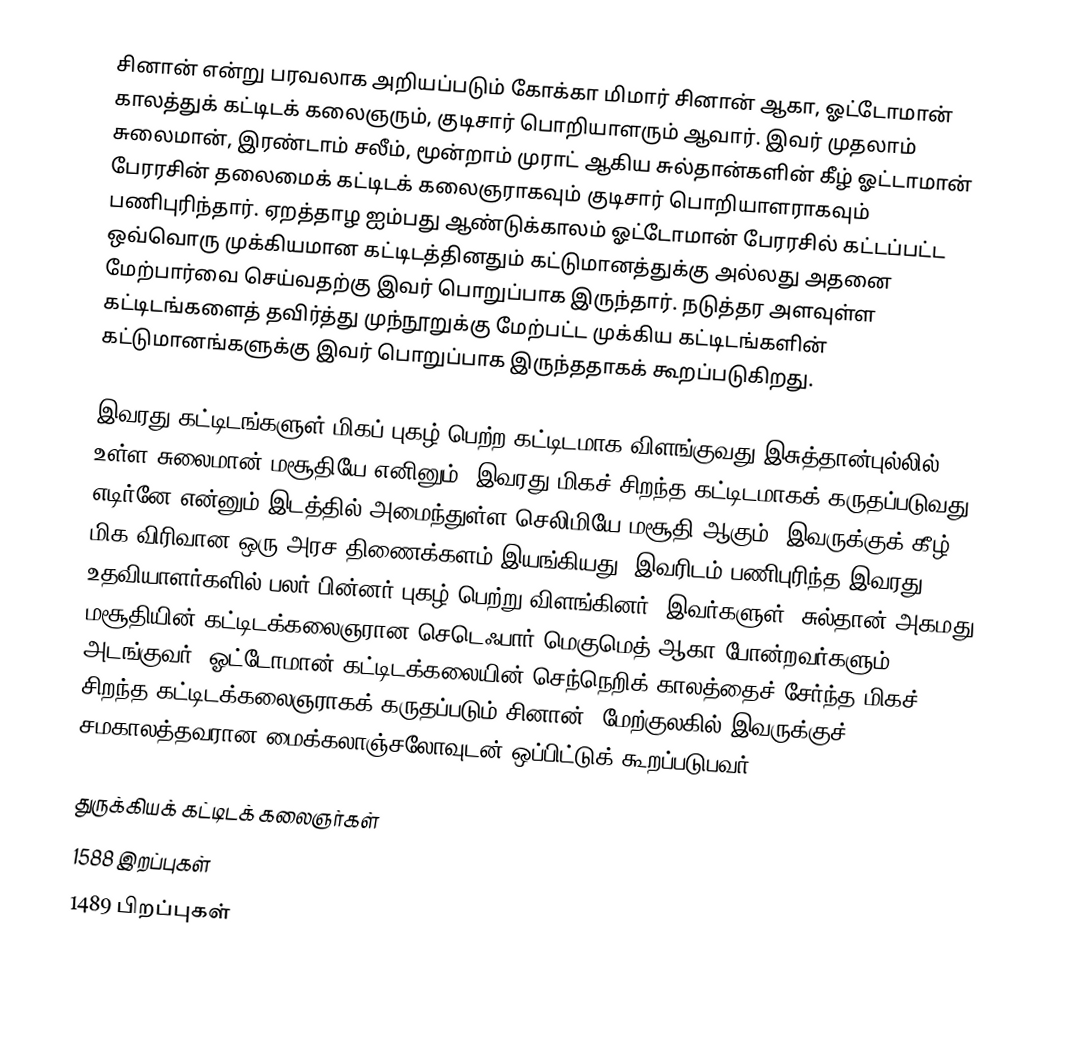
சினான் என்று பரவலாக அறியப்படும் கோக்கா மிமார் சினான் ஆகா, ஓட்டோமான் காலத்துக் கட்டிடக் கலைஞரும், குடிசார் பொறியாளரும் ஆவார். இவர் முதலாம் சுலைமான், இரண்டாம் சலீம், மூன்றாம் முராட் ஆகிய சுல்தான்களின் கீழ் ஓட்டாமான் பேரரசின் தலைமைக் கட்டிடக் கலைஞராகவும் குடிசார் பொறியாளராகவும் பணிபுரிந்தார். ஏறத்தாழ ஐம்பது ஆண்டுக்காலம் ஓட்டோமான் பேரரசில் கட்டப்பட்ட ஒவ்வொரு முக்கியமான கட்டிடத்தினதும் கட்டுமானத்துக்கு அல்லது அதனை மேற்பார்வை செய்வதற்கு இவர் பொறுப்பாக இருந்தார். நடுத்தர அளவுள்ள கட்டிடங்களைத் தவிர்த்து முந்நூறுக்கு மேற்பட்ட முக்கிய கட்டிடங்களின் கட்டுமானங்களுக்கு இவர் பொறுப்பாக இருந்ததாகக் கூறப்படுகிறது.

இவரது கட்டிடங்களுள் மிகப் புகழ் பெற்ற கட்டிடமாக விளங்குவது இசுத்தான்புல்லில் உள்ள சுலைமான் மசூதியே எனினும், இவரது மிகச் சிறந்த கட்டிடமாகக் கருதப்படுவது எடிர்னே என்னும் இடத்தில் அமைந்துள்ள செலிமியே மசூதி ஆகும். இவருக்குக் கீழ் மிக விரிவான ஒரு அரச திணைக்களம் இயங்கியது. இவரிடம் பணிபுரிந்த இவரது உதவியாளர்களில் பலர் பின்னர் புகழ் பெற்று விளங்கினர். இவர்களுள், சுல்தான் அகமது மசூதியின் கட்டிடக்கலைஞரான செடெஃபார் மெகுமெத் ஆகா போன்றவர்களும் அடங்குவர். ஓட்டோமான் கட்டிடக்கலையின் செந்நெறிக் காலத்தைச் சேர்ந்த மிகச் சிறந்த கட்டிடக்கலைஞராகக் கருதப்படும் சினான், மேற்குலகில் இவருக்குச் சமகாலத்தவரான மைக்கலாஞ்சலோவுடன் ஒப்பிட்டுக் கூறப்படுபவர்.

துருக்கியக் கட்டிடக் கலைஞர்கள்
1588 இறப்புகள்
1489 பிறப்புகள்